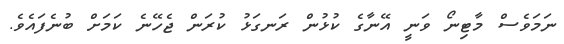
ނަމަވެސް މާޓިނޯ ވަނީ އޭނާގެ ކުޅުން ރަނގަޅު ކުރަން ޖެހޭނެ ކަމަށް ބުނެފައެވެ.